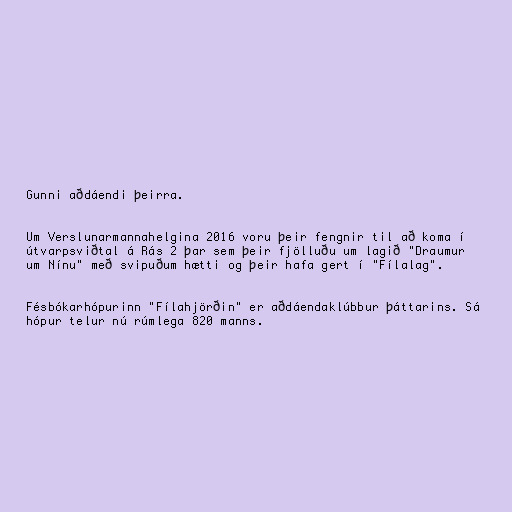
Gunni aðdáendi þeirra.

Um Verslunarmannahelgina 2016 voru þeir fengnir til að koma í
útvarpsviðtal á Rás 2 þar sem þeir fjölluðu um lagið "Draumur
um Nínu" með svipuðum hætti og þeir hafa gert í "Fílalag".

Fésbókarhópurinn "Fílahjörðin" er aðdáendaklúbbur þáttarins. Sá
hópur telur nú rúmlega 820 manns.